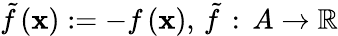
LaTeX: {\tilde{f}}\left(\mathbf{x}\right):=-f\left(\mathbf{x}\right),\, {\tilde{f}}\, :\, A\rightarrow\mathbb{R}